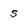
Character: s